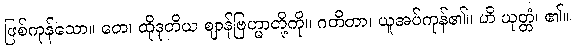
ဖြစ်ကုန်သော။ တေ၊ ထိုဒုတိယ ဈာန်ဗြဟ္မာတို့ကို။ ဂတိတာ၊ ယူအပ်ကုန်၏။ ဟိ ယုတ္တံ၊ ၏။